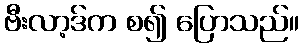
ဗီးလာ့ဒ်က စ၍ ပြောသည်။